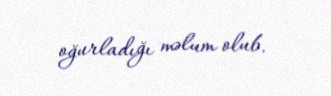
oğurladığı məlum olub.